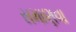
સમાણવા